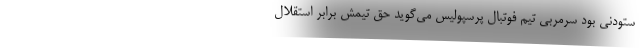
ستودنی بود سرمربی تیم فوتبال پرسپولیس می‌گوید حق تیمش برابر استقلال